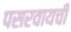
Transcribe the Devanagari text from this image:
पसरवायची